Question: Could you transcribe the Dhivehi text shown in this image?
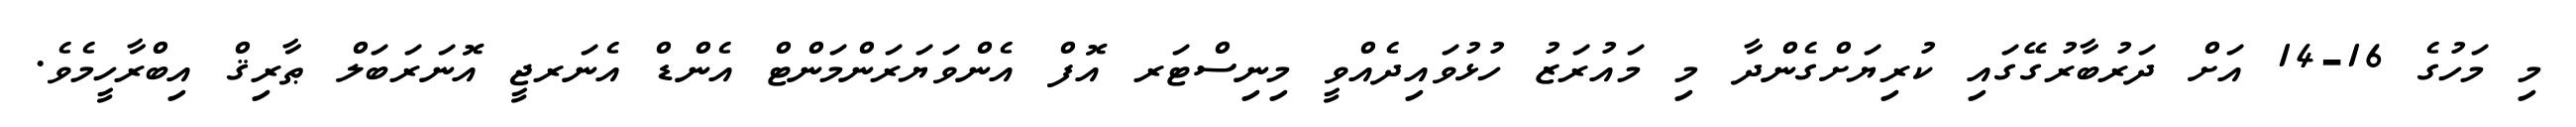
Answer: މި މަހުގެ 16-14 އަށް ދަރުބާރުގޭގައި ކުރިޔަށްގެންދާ މި މައުރަޒު ހުޅުވައިދެއްވީ މިނިސްޓަރ އޮފް އެންވަޔަރަންމަންޓް އެންޑް އެނަރޖީ އޮނަރަބަލް ޠާރިޤް އިބްރާހީމެވެ.